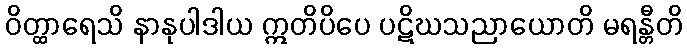
ဝိတ္ထာရေသိ နာနုပါဒါယ ဣတိပိပေ ပဋိဃသညာယောတိ မရန္တီတိ